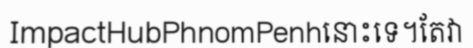
ImpactHubPhnomPenhនោះទេ។តែវា